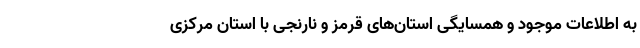
به اطلاعات موجود و همسایگی استان‌های قرمز و نارنجی با استان مرکزی